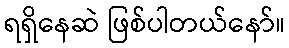
ရရှိနေဆဲ ဖြစ်ပါတယ်နော်။